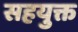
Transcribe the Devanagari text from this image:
सहयुक्त